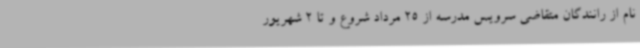
نام از رانندگان متقاضی سرویس مدرسه از 25 مرداد شروع و تا 2 شهریور